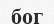
бог